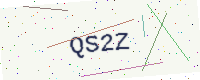
Text: QS2Z